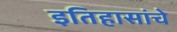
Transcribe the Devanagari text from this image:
इतिहासांचे